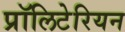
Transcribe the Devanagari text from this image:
प्रॉलिटेरियन